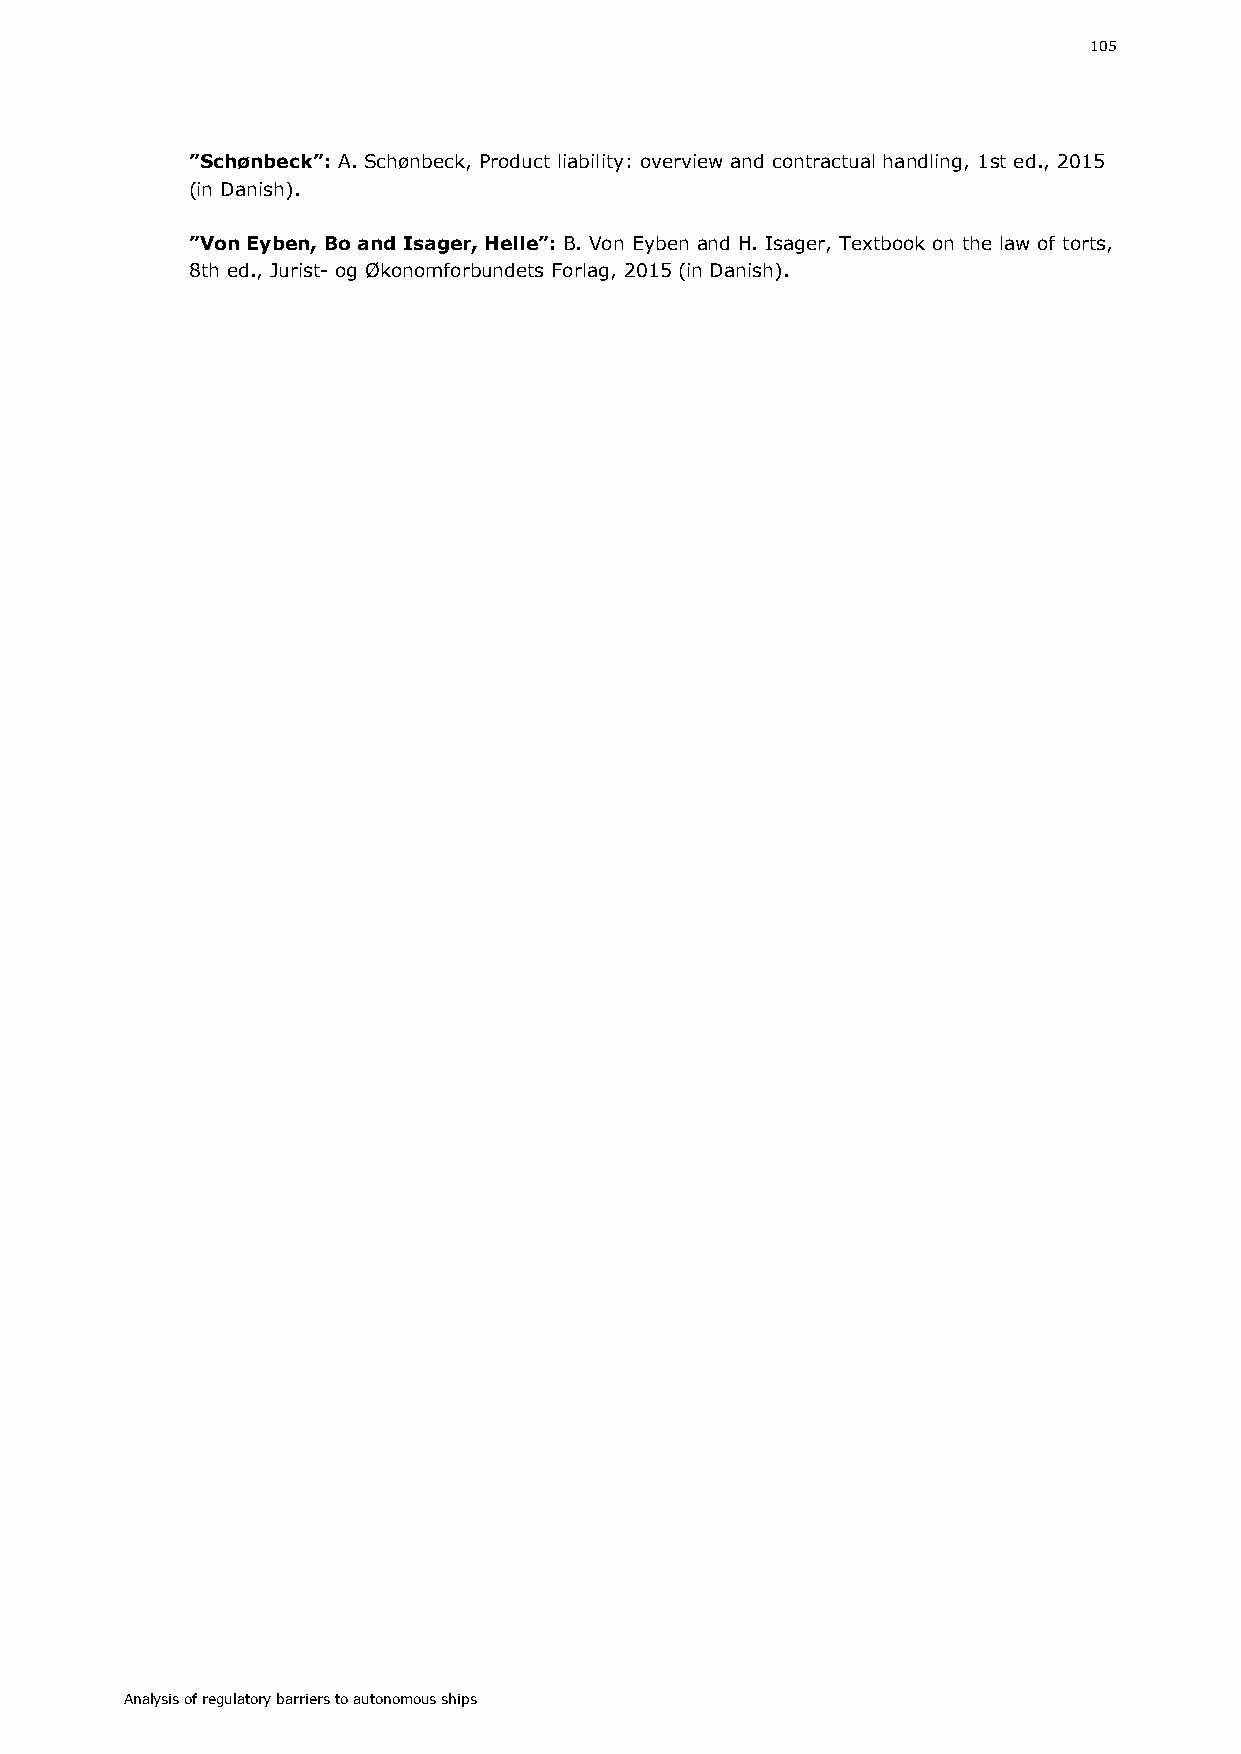
105
 ”Schønbeck”: A. Schønbeck, Product liability: overview and contractual handling, 1st ed., 2015
 (in Danish).
 ”Von Eyben, Bo and Isager, Helle”: B. Von Eyben and H. Isager, Textbook on the law of torts,
 8th ed., Jurist- og Økonomforbundets Forlag, 2015 (in Danish).
 Analysis of regulatory barriers to autonomous ships